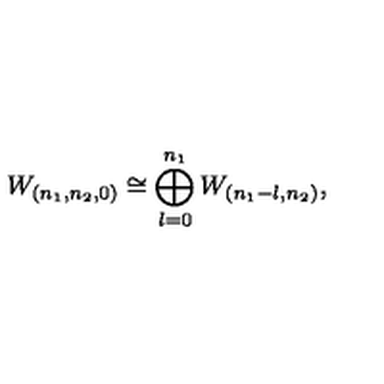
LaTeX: W _ { ( n _ { 1 } , n _ { 2 } , 0 ) } \cong \bigoplus _ { l = 0 } ^ { n _ { 1 } } W _ { ( n _ { 1 } - l , n _ { 2 } ) } ,